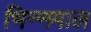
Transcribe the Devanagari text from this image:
भिन्‍नमाल